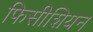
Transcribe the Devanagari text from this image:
फिसीशियन